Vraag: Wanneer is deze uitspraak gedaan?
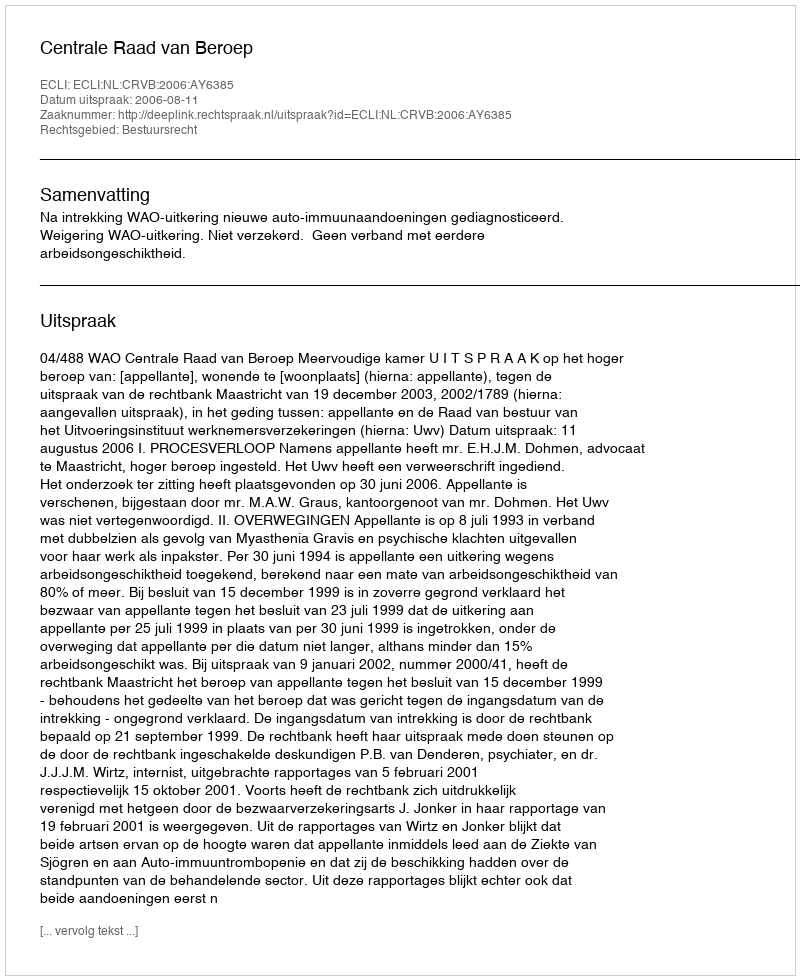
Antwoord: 2006-08-11